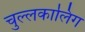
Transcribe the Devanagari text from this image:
चुल्लकालिंग